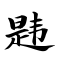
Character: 韪